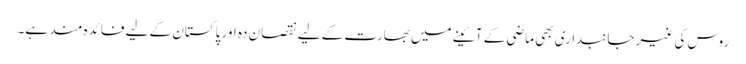
روس کی غیر جانبداری بھی ماضی کے آئینے میں بھارت کے لیے نقصان دہ اور پاکستان کے لیے فائدہ مند ہے۔